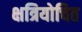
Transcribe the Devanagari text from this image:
क्षत्रियोचित